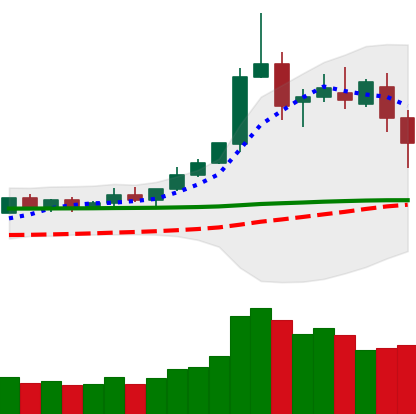
Ticker: DOGE-USD
Chart end date: 2020-02-16
Forward return: -4.542%
Label: down_3_5